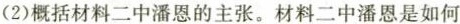
(2)概括材料二中潘恩的主张。材料二中潘恩是如何